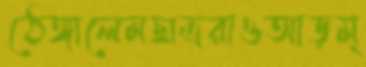
ঠেঙ্গালেমছাত্ররাওআড়ম্